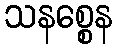
သနစ္စေန